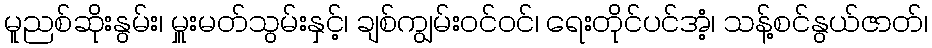
မူညစ်ဆိုးနွမ်း၊ မှူးမတ်သွမ်းနှင့်၊ ချစ်ကျွမ်းဝင်ဝင်၊ ရေးတိုင်ပင်အံ့၊ သန့်စင်နွယ်ဇာတ်၊